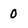
Character: 0